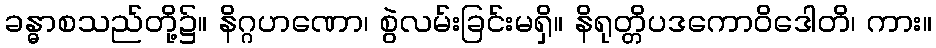
ခန္ဓာစသည်တို့၌။ နိဂ္ဂဟဏော၊ စွဲလမ်းခြင်းမရှိ။ နိရုတ္တိပဒကောဝိဒေါတိ၊ ကား။